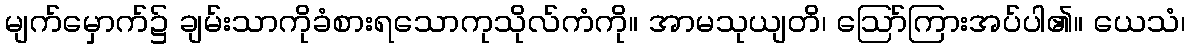
မျက်မှောက်၌ ချမ်းသာကိုခံစားရသောကုသိုလ်ကံကို။ အာမသုယျတိ၊ ဩော်ကြားအပ်ပါ၏။ ယေသံ၊